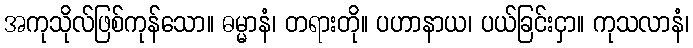
အကုသိုလ်ဖြစ်ကုန်သော။ ဓမ္မာနံ၊ တရားတို။ ပဟာနာယ၊ ပယ်ခြင်းငှာ။ ကုသလာနံ၊